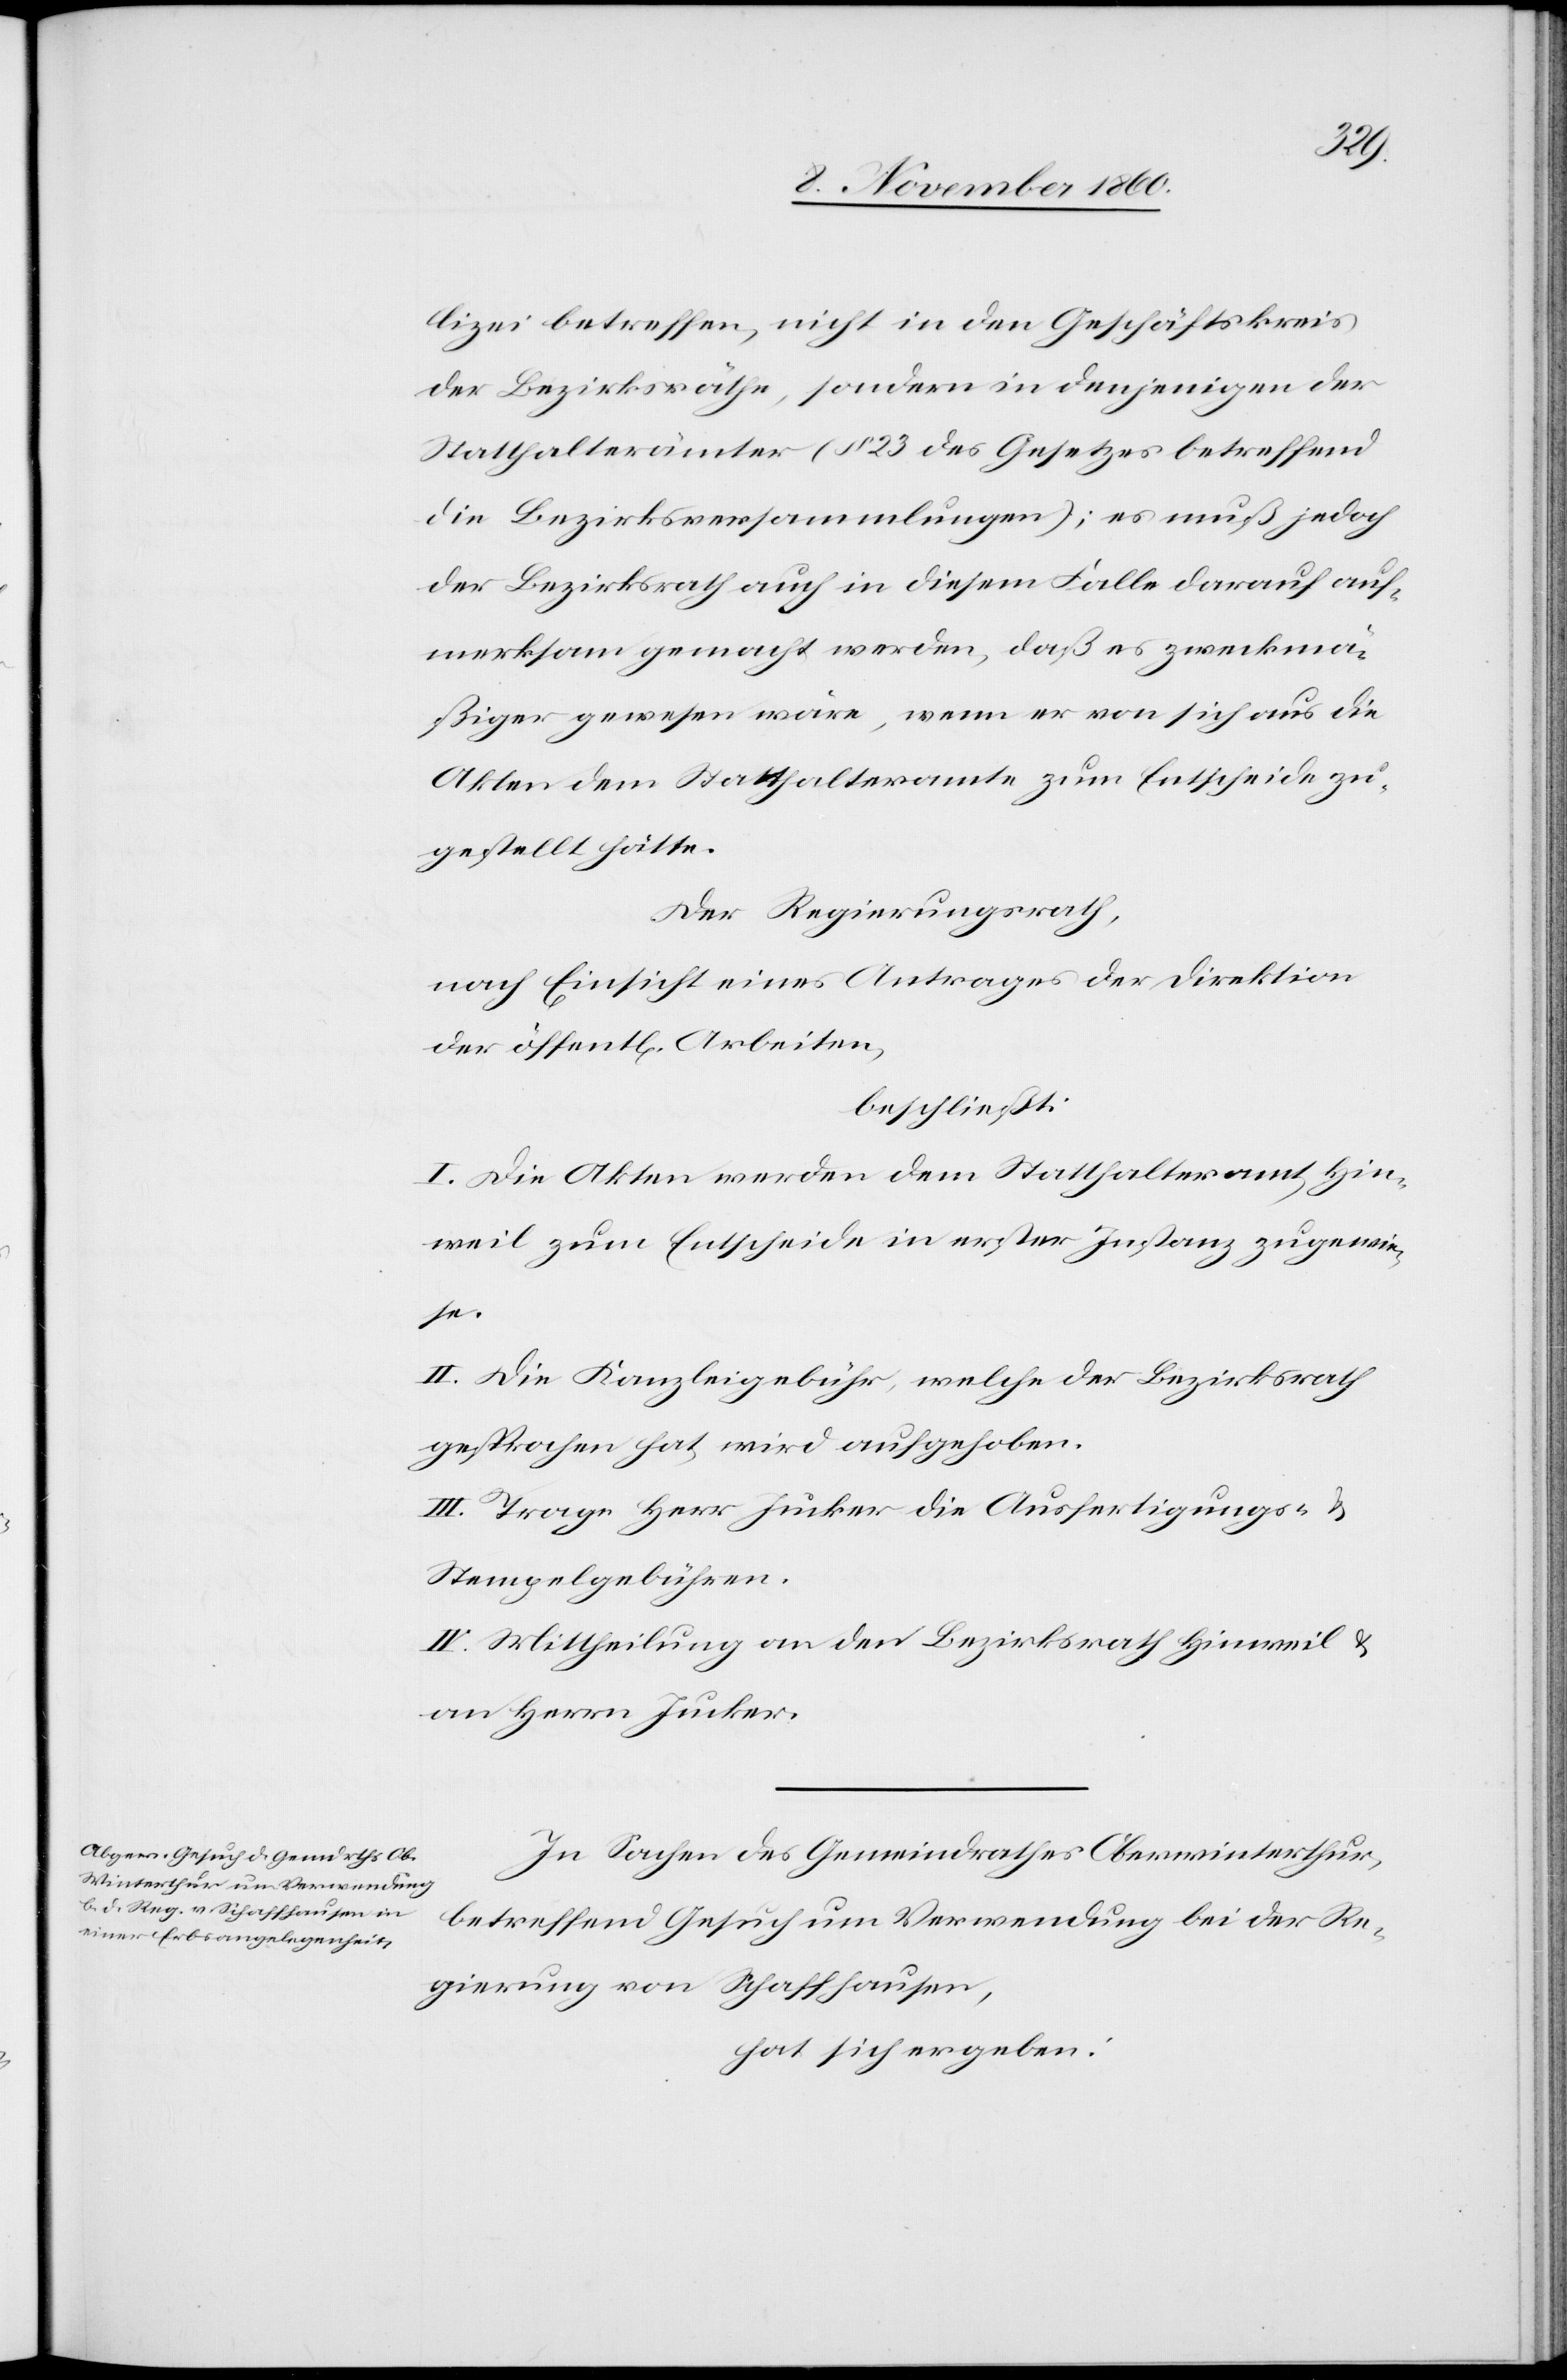
se[n].
lizei betreffen, nicht in den Geschäftskreis
der Bezirksräthe, sondern in denjenigen der
Statthalterämter (§ 23 des Gesetzes betreffend
die Bezirksversammlungen); es muß jedoch
der Bezirksrath auch in diesem Falle darauf auf¬
merksam gemacht werden, daß es zweckmä¬
ßiger gewesen wäre, wenn er von sich aus die
Akten dem Statthalteramte zum Entscheide zu¬
gestellt hätte.
Der Regierungsrath,
nach Einsicht eines Antrages der Direktion
der öffent[lichen] Arbeiten,
beschließt:
I. Die Akten werden dem Statthalteramt Hin¬
weil zum Entscheide in erster Instanz zugewie¬
II. Die Kanzleigebühr, welche der Bezirksrath
gesprochen hat, wird aufgehoben.
III. Trage Herr Jucker die Ausfertigungs- u.
Stempelgebühren.
IV. Mittheilung an den Bezirksrath Hinweil u.
an Herrn Jucker.
In Sachen des Gemeindrathes Oberwinterthur,
betreffend Gesuch um Verwendung bei der Re¬
gierung von Schaffhausen,
hat sich ergeben: